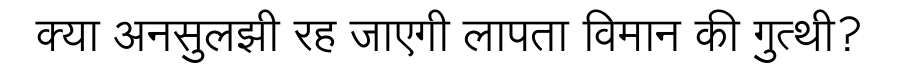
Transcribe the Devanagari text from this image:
क्या अनसुलझी रह जाएगी लापता विमान की गुत्थी?